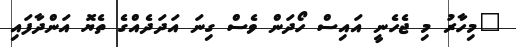
"މިހާރު މި ޖެހެނީ އައިސް ހޯދަން ވެސް ގިނަ އަދަދެއްގެ ތެޔޮ އަންދާފައި